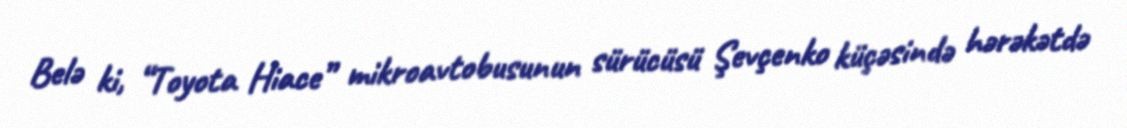
Belə ki, “Toyota Hiace” mikroavtobusunun sürücüsü Şevçenko küçəsində hərəkətdə